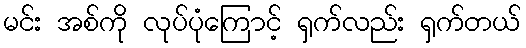
မင်း အစ်ကို လုပ်ပုံကြောင့် ရှက်လည်း ရှက်တယ်